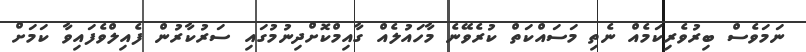
ނަމަވެސް ބިރުވެރިކަމެއް ނެތި މަސައްކަތް ކުރެވޭނެ މާހައުލެއް ގާއިމްކޮށްދިނުމުގައި ސަރުކާރުން ފެއިލްވެފައިވާ ކަމަށް